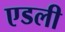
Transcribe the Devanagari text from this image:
एडली